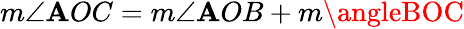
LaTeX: m\angle\mathbf{A}OC=m\angle\mathbf{A}OB+m\angleBOC